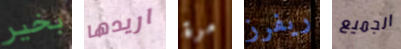
بخير اريدها مرة ريفرز الجميع